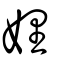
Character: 娌